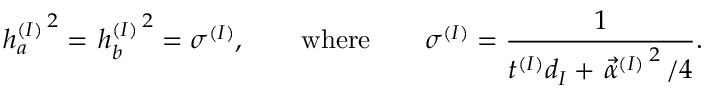
\left. h _ { a } ^ { ( I ) } \right. ^ { 2 } = \left. h _ { b } ^ { ( I ) } \right. ^ { 2 } = \sigma ^ { ( I ) } , \qquad \mathrm { w h e r e } \qquad \sigma ^ { ( I ) } = \frac { 1 } { t ^ { ( I ) } d _ { I } + \left. \vec { \alpha } ^ { ( I ) } \right. ^ { 2 } / 4 } .